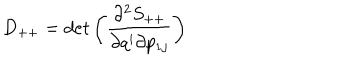
D _ { + + } = d e t \left( \frac { \partial ^ { 2 } S _ { + + } } { \partial q ^ { i } \partial p _ { 1 j } } \right)